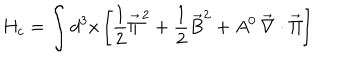
H _ { c } = \int d ^ { 3 } x \left[ \frac { 1 } { 2 } \vec { \Pi } ^ { 2 } + \frac { 1 } { 2 } \vec { B } ^ { 2 } + A ^ { 0 } \, \vec { \nabla } \cdot \vec { \Pi } \right]